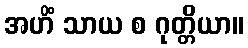
အဟိံ သာယ စ ဂုတ္တိယာ။